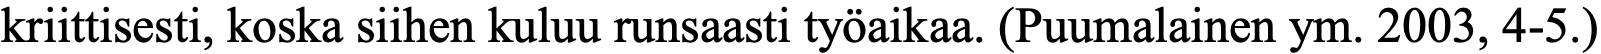
kriittisesti, koska siihen kuluu runsaasti työaikaa. (Puumalainen ym. 2003, 4-5.)